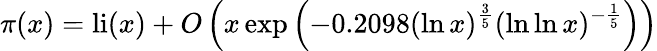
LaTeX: \pi(x)=\operatorname{li}(x)+O\left(x\exp\left(-0.2098(\ln x)^{\frac{3}{5}}(\ln\ln x)^{-{\frac{1}{5}}}\right)\right)